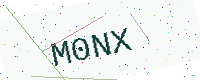
Text: M0NX